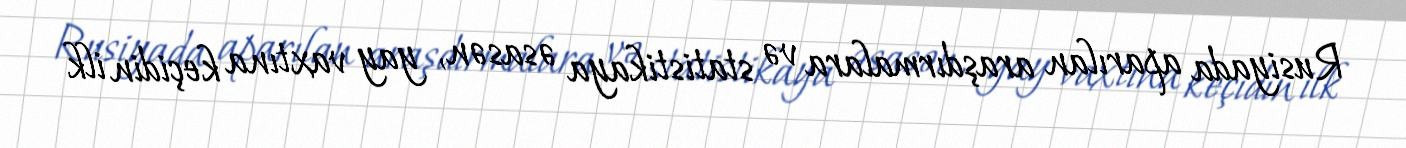
Rusiyada aparılan araşdırmalara və statistikaya əsasən, yay vaxtına keçidin ilk